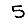
Digit: 5